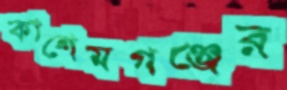
কাশেমগঞ্জের